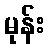
မုန်း